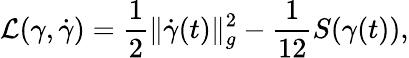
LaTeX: \mathcal{L}(\gamma,\dot{{\gamma}})=\frac{{1}}{{2}}\| \dot{{\gamma}}(t)\| _{g}^{2}-\frac{{1}}{{12}}S(\gamma(t)),